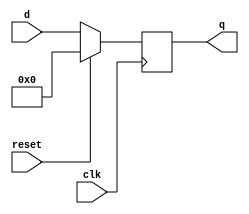
module top_module (
    input clk,
    input reset,            // Synchronous reset
    input [7:0] d,
    output [7:0] q
);
always @(posedge clk) begin
    if(reset)q<=7'b0;
    else q<=d;
end
endmodule